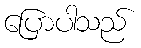
ပြောပါသည်